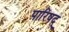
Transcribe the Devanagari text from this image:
पारिषद्